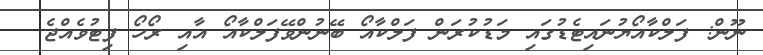
ނޫން: ފަލްކާއޯޔުނައިޓެޑުގައި މަޑުކުރަން ފަލްކާއޯ ބޭނުންވޭފަލްކާއޯ އާއި ރޯހޯ ފިޓުވެއްޖެ